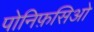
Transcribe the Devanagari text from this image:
पोनिफ़सिओ